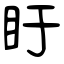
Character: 盱